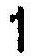
1